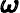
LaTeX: \pmb{\omega}